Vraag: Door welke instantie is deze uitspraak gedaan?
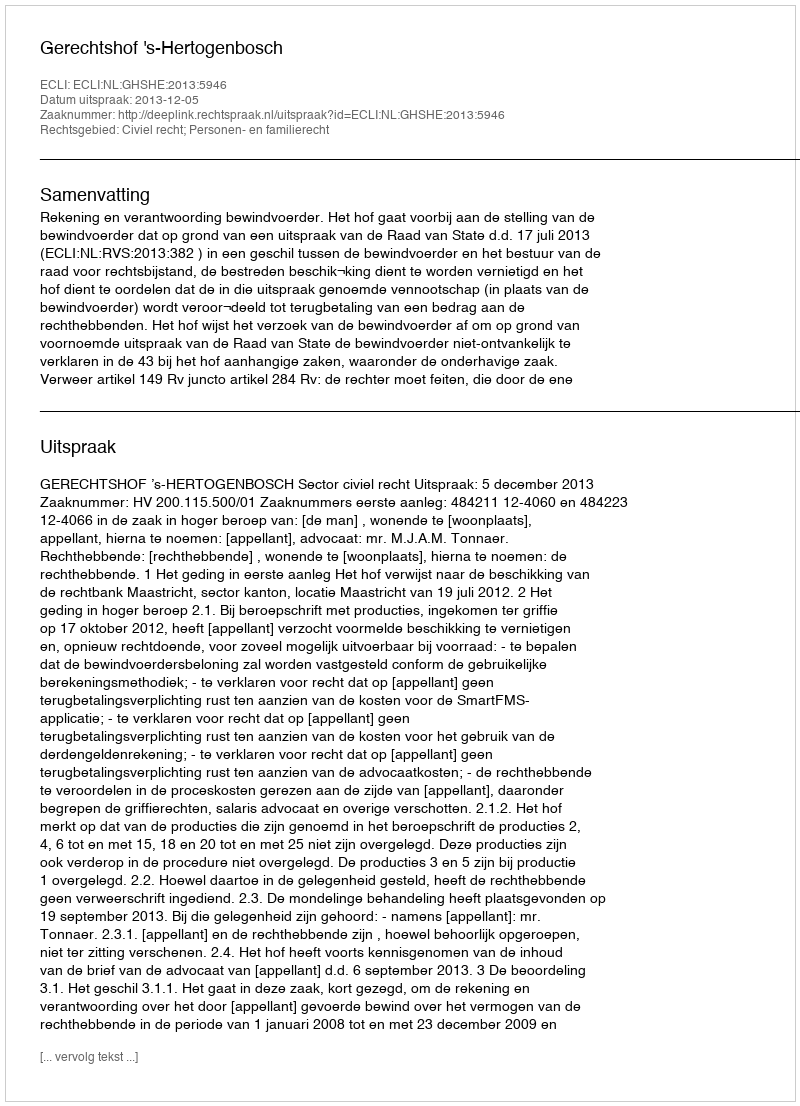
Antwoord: Gerechtshof 's-Hertogenbosch